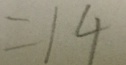
= 1 4